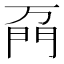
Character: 𲈦